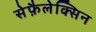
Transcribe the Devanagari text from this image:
सेफ़ैलेक्सिन